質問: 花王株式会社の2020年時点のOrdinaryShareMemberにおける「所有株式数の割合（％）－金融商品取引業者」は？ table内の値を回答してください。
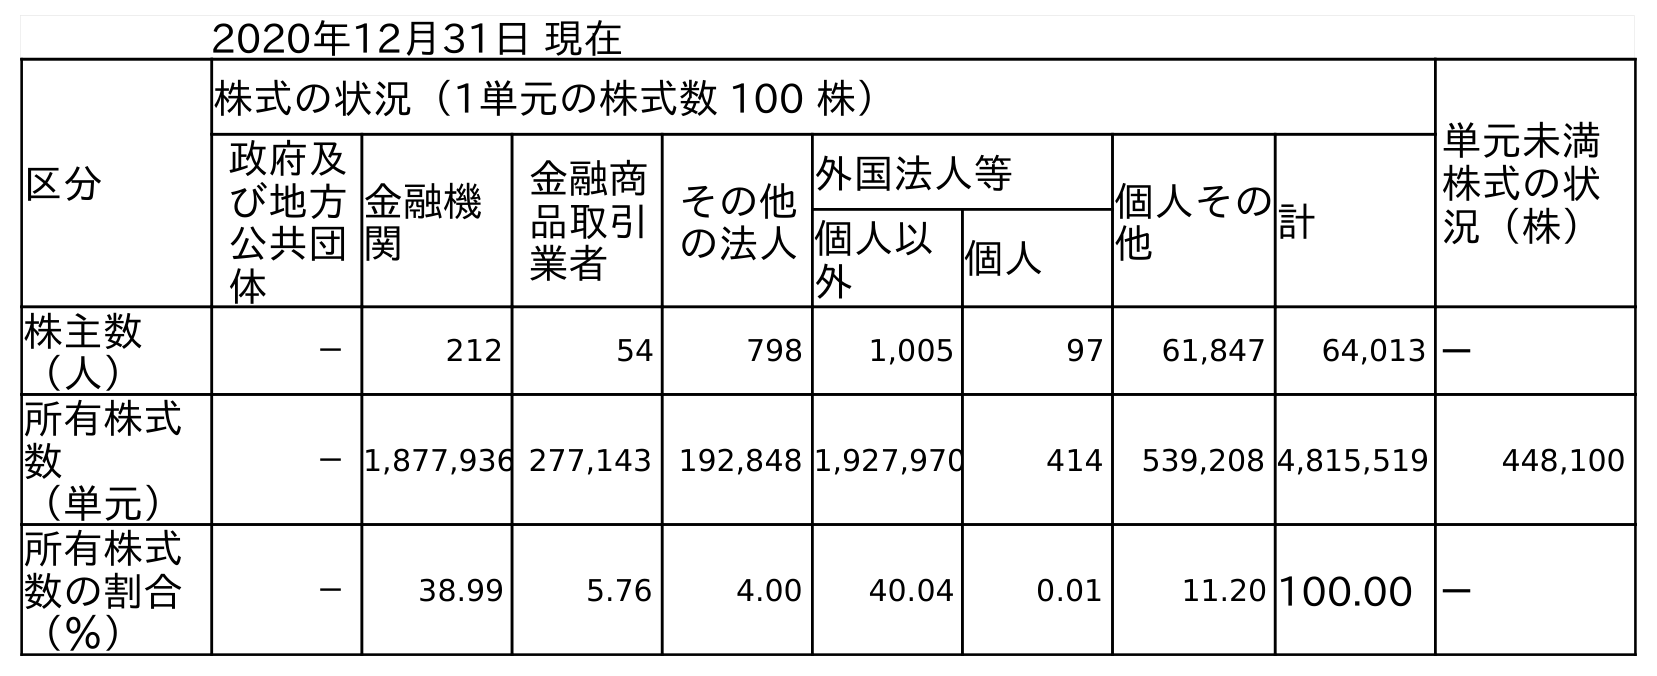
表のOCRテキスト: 2020年12月31日 現在 区分 株式の状況（1単元の株式数 100 株） 単元未満 株式の状 況（株） 政府及 び地方 公共団 体 金融機 関 金融商 品取引 業者 その他 の法人 外国法人等 個人その 他 計 個人以 外 個人 株主数 （人） － 212 54 798 1,005 97 61,847 64,013 － 所有株式 数 （単元） －1,877,936 277,143 192,848 1,927,970 414 539,208 4,815,519 448,100 所有株式 数の割合 （％） － 38.99 5.76 4.00 40.04 0.01 11.20 100.00 －
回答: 5.76